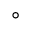
^ { \circ }